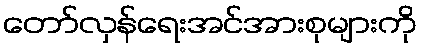
တော်လှန်ရေးအင်အားစုများကို